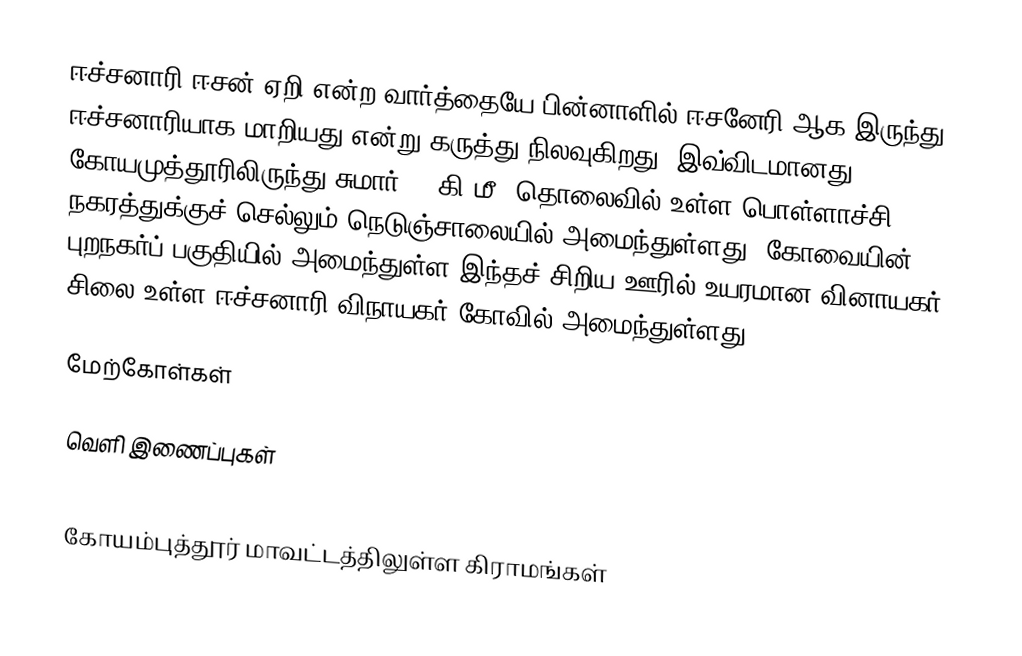
ஈச்சனாரி ஈசன்+ஏறி என்ற வார்த்தையே பின்னாளில் ஈசனேரி ஆக இருந்து ஈச்சனாரியாக மாறியது என்று கருத்து நிலவுகிறது. இவ்விடமானது கோயமுத்தூரிலிருந்து சுமார் 40 கி.மீ. தொலைவில் உள்ள பொள்ளாச்சி நகரத்துக்குச் செல்லும் நெடுஞ்சாலையில் அமைந்துள்ளது. கோவையின் புறநகர்ப் பகுதியில் அமைந்துள்ள இந்தச் சிறிய ஊரில் உயரமான வினாயகர் சிலை உள்ள ஈச்சனாரி விநாயகர் கோவில் அமைந்துள்ளது.

மேற்கோள்கள்

வெளி இணைப்புகள்

கோயம்புத்தூர் மாவட்டத்திலுள்ள கிராமங்கள்